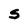
Character: S